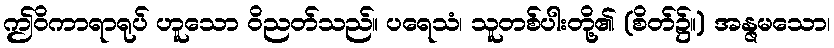
ဤဝိကာရာရုပ် ဟူသော ဝိညတ်သည်။ ပရေသံ၊ သူတစ်ပါးတို့၏ (စိတ်၌။) အန္ဇမသော၊